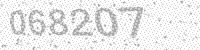
Solution: 068207